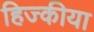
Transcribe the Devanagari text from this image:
हिज्कीया